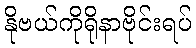
နိုဗယ်ကိုရိုနာဗိုင်းရပ်